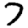
Digit: 7